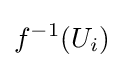
f^{-1}(U_{i})